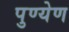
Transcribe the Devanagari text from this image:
पुण्येण